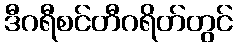
ဒီဂရီစင်တီဂရိတ်တွင်